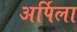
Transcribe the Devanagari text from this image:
अर्पिला